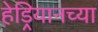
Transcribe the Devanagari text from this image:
हेड्रियानच्या